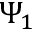
\Psi _ { 1 }